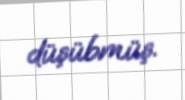
düşübmüş.